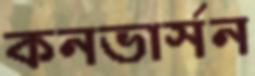
কনভার্সন